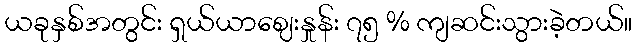
ယခုနှစ်အတွင်း ရှယ်ယာဈေးနှုန်း ၇၅ % ကျဆင်းသွားခဲ့တယ်။